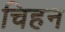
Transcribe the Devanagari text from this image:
चिहन